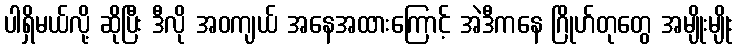
ပါရှိမယ်လို့ ဆိုပြီး ဒီလို အဝကျယ် အနေအထားကြောင့် အဲဒီကနေ ဂြိုဟ်တုတွေ အမျိုးမျိုး